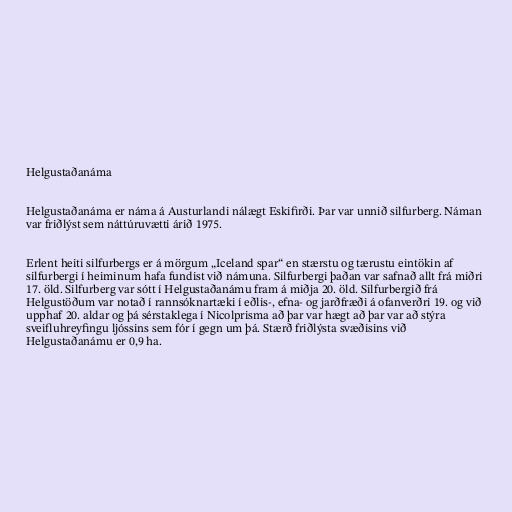
Helgustaðanáma

Helgustaðanáma er náma á Austurlandi nálægt Eskifirði. Þar var unnið silfurberg. Náman
var friðlýst sem náttúruvætti árið 1975.

Erlent heiti silfurbergs er á mörgum „Iceland spar“ en stærstu og tærustu eintökin af
silfurbergi í heiminum hafa fundist við námuna. Silfurbergi þaðan var safnað allt frá miðri
17. öld. Silfurberg var sótt í Helgustaðanámu fram á miðja 20. öld. Silfurbergið frá
Helgustöðum var notað í rannsóknartæki í eðlis-, efna- og jarðfræði á ofanverðri 19. og við
upphaf 20. aldar og þá sérstaklega í Nicolprisma að þar var hægt að þar var að stýra
sveifluhreyfingu ljóssins sem fór í gegn um þá. Stærð friðlýsta svæðisins við
Helgustaðanámu er 0,9 ha.